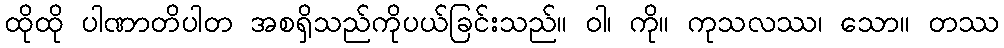
ထိုထို ပါဏာတိပါတ အစရှိသည်ကိုပယ်ခြင်းသည်။ ဝါ၊ ကို။ ကုသလဿ၊ သော။ တဿ